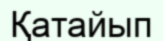
Қатайып